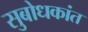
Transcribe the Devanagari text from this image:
सुबोधकांत